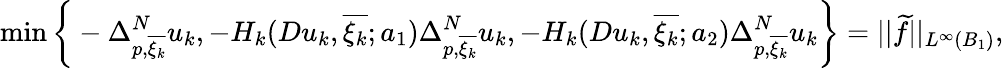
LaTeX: \operatorname*{min}\bigg\{ -\Delta_{p,\overline{{\xi_{k}}}}^{N}u_{k},-H_{k}(Du_{k},\overline{{\xi_{k}}};a_{1})\Delta_{p,\overline{{\xi_{k}}}}^{N}u_{k},-H_{k}(Du_{k},\overline{{\xi_{k}}};a_{2})\Delta_{p,\overline{{\xi_{k}}}}^{N}u_{k}\bigg\} =||\widetilde{f}||_{L^{\infty}(B_{1})},